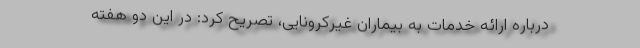
درباره ارائه خدمات به بیماران غیرکرونایی، تصریح کرد: در این دو هفته